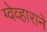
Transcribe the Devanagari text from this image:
ग्वेव्हाराने